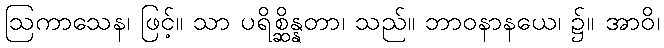
ဩကာသေန၊ ဖြင့်။ သာ ပရိစ္ဆိန္နတာ၊ သည်။ ဘာဝနာနယေ၊ ၌။ အာဝိ၊